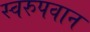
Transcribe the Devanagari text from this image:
स्वरुपवान